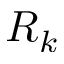
R _ { k }